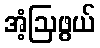
အံ့ဩဖွယ်